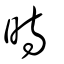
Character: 峕